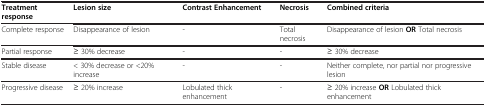
| Treatment response | Lesion size | Contrast Enhancement | Necrosis | Combined criteria |
 | --- | --- | --- | --- | --- |
 | Complete response | Disappearance of lesion | - | Total necrosis | Disappearance of lesion OR Total necrosis |
 | Partial response | ≥ 30% decrease | - | - | ≥ 30% decrease |
 | Stable disease | < 30% decrease or <20% increase | - | - | Neither complete, nor partial nor progressive lesion |
 | Progressive disease | ≥ 20% increase | Lobulated thick enhancement | - | ≥ 20% increase OR Lobulated thick enhancement |